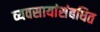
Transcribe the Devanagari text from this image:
व्यवसायांसंबधित